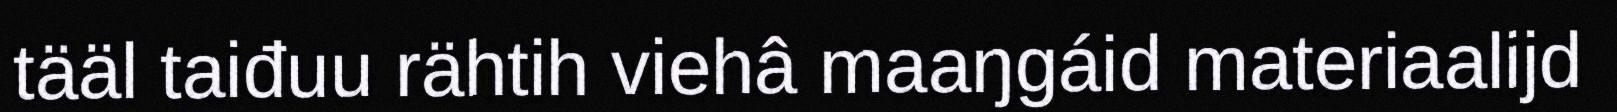
tääl taiđuu rähtih viehâ maaŋgáid materiaalijd